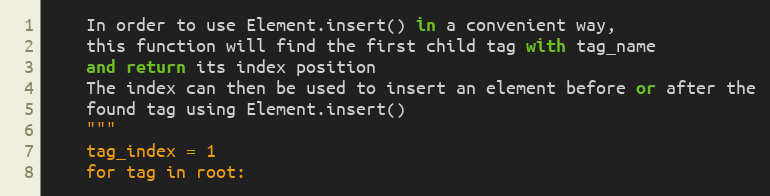
Language: Python
    In order to use Element.insert() in a convenient way,
    this function will find the first child tag with tag_name
    and return its index position
    The index can then be used to insert an element before or after the
    found tag using Element.insert()
    """
    tag_index = 1
    for tag in root: